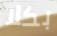
بكلا